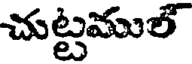
చుట్టముల్